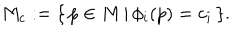
M _ { c } : = \{ \, p \in M \, \vert \, \phi _ { i } ( p ) = c _ { i } \, \} .